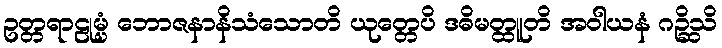
ဥတ္တရာဠုမ္ပံ ဘောဇနာနိသံသောတိ ယုတ္တေပိ ဒဓိမတ္ထူတိ အဝါယနံ ဂဉ္ဆိသိ